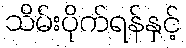
သိမ်းပိုက်ရန်နှင့်